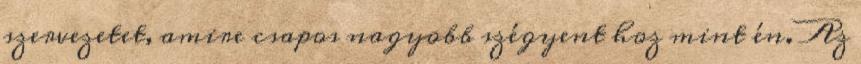
szervezetet, amire csapos nagyobb szégyent hoz mint én. Az